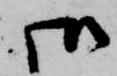
御